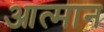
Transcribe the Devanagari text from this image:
आत्मान